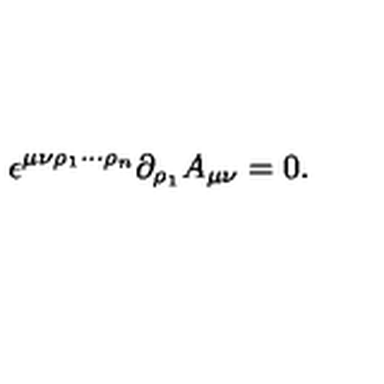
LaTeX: \epsilon ^ { \mu \nu \rho _ { 1 } \cdots \rho _ { n } } \partial _ { \rho _ { 1 } } A _ { \mu \nu } = 0 .